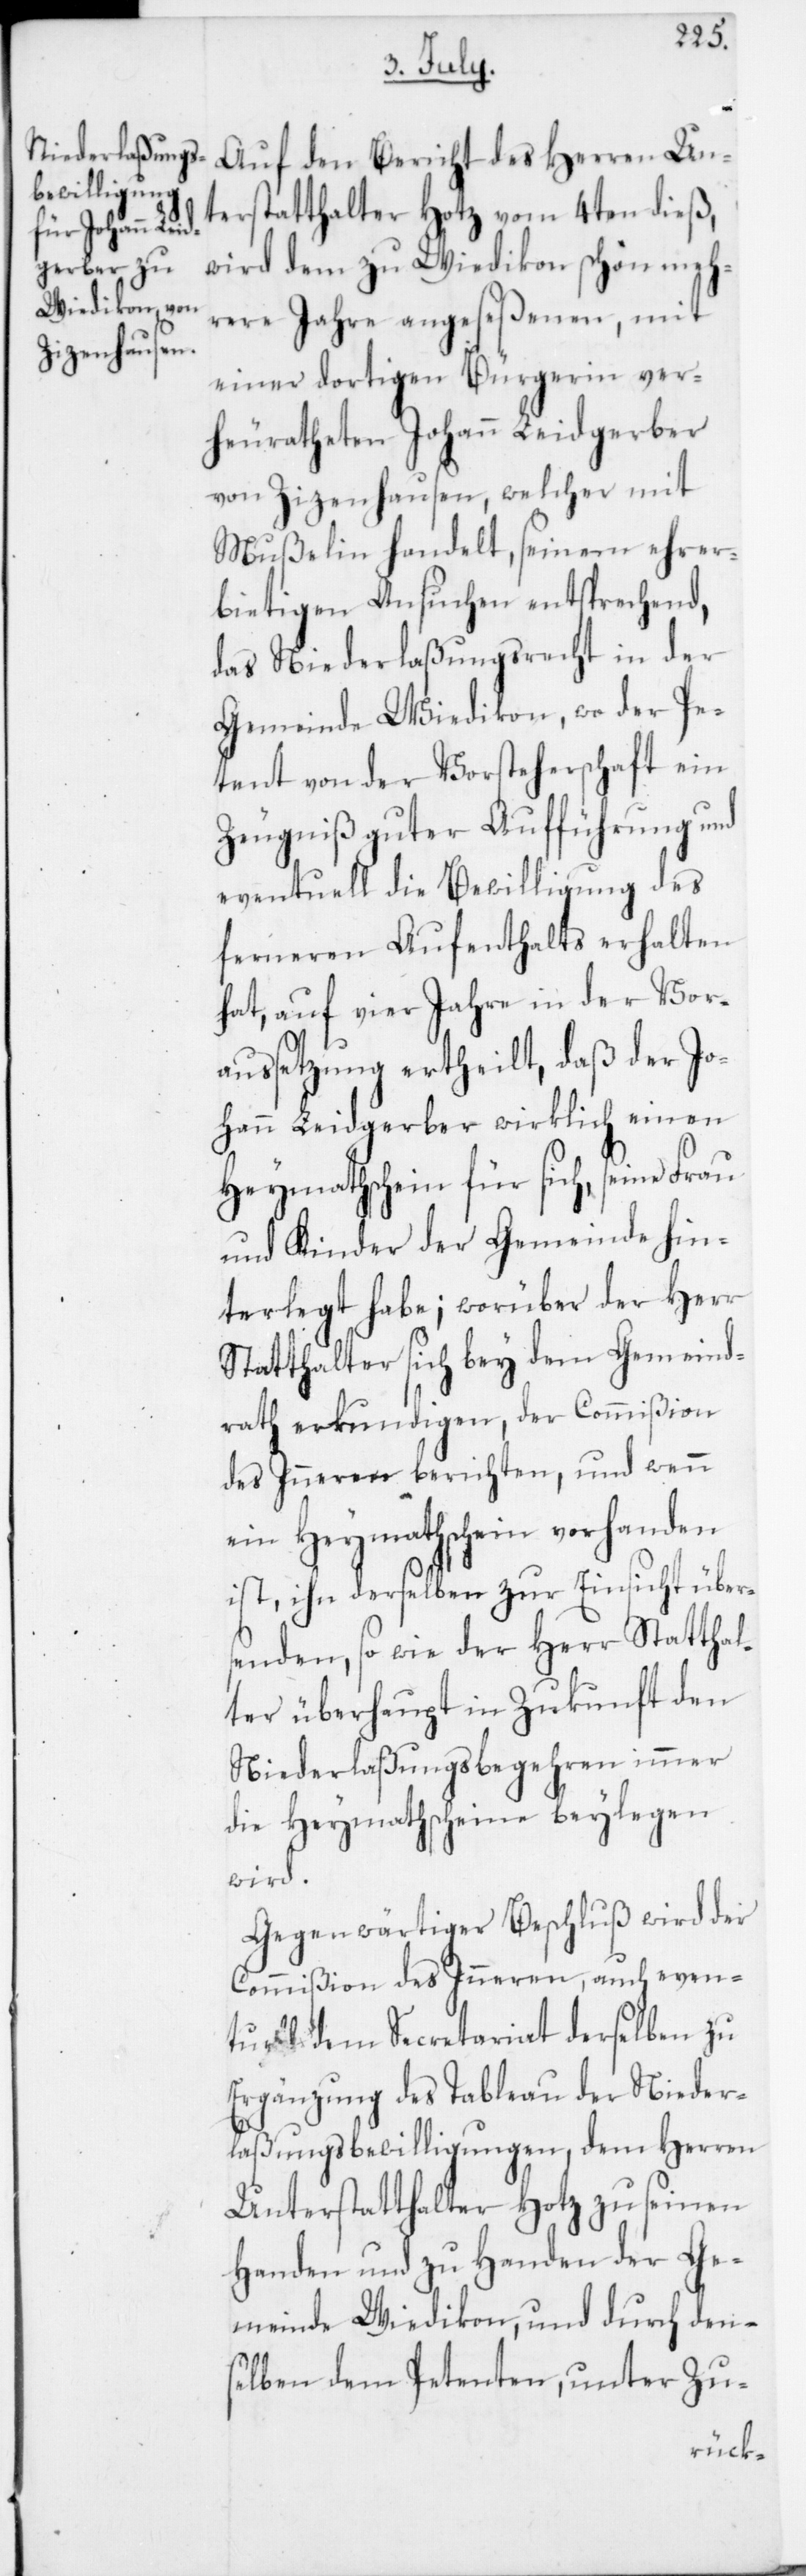
Auf den Bericht des Herren Un¬
terstatthalter Hotz vom 4ten dieß,
wird dem zu Wiedikon schon meh¬
rere Jahre angeseßenen, mit
einer dortigen Bürgerin ver¬
heuratheten Johann Leidgerber
von Zizenhausen, welcher mit
Mußelin handelt, seinem ehrer¬
bietigen Ansuchen entsprechend,
das Niederlaßungsrecht in der
Gemeinde Wiedikon, wo der Pe¬
tent von der Vorsteherschaft ein
Zeugniß guter Aufführung und
eventuell die Bewilligung des
ferneren Aufenthalts erhalten
hat, auf vier Jahre in der Vor¬
aussetzung ertheilt, daß der Jo¬
hann Leidgerber wirklich einen
Heymathschein für sich, seine Frau
und Kinder der Gemeinde hin¬
terlegt habe; worüber der Herr
Statthalter sich bey dem Gemeind¬
rath erkundigen, der Commißion
des Inneren berichten, und wenn
ein Heymathschein vorhanden
ist, ihn derselben zur Einsicht übers¬
enden, so wie der Herr Statthal¬
ter überhaupt in Zukunft den
Niederlaßungsbegehren immer
die Heymathscheine beylegen
wird.
Gegenwärtiger Beschluß wird der
Commißion des Inneren, auch even¬
tuell dem Secretariat derselben zu
Ergänzung des Tableau der Nieder¬
laßungsbewilligungen, dem Herren
Unterstatthalter Hotz zu seinen
Handen und zu Handen der Ge¬
meinde Wiedikon und durch den¬
selben dem Petenten, unter Zu-